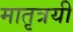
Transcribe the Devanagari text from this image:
मातृत्रयी